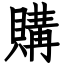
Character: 購